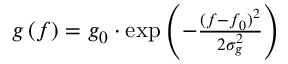
\begin{array} { r } { g \left( f \right) = g _ { 0 } \cdot \mathrm { e x p } \left( { - \frac { ( f - f _ { 0 } ) ^ { 2 } } { 2 \sigma _ { g } ^ { 2 } } } \right) } \end{array}